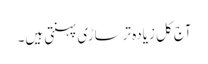
آج کل زیادہ ترساڑی پہنتی ہیں۔